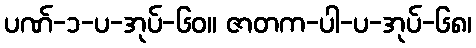
ပဏ်-၁-ပ-အုပ်-၆၀။ ဇာတက-ပါ-ပ-အုပ်-၆၈၊